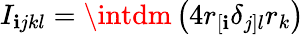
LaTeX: I_{\mathbf{i}jkl}=\intdm\left(4r_{[\mathbf{i}}\delta_{j]l}r_{k}\right)